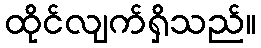
ထိုင်လျက်ရှိသည်။